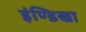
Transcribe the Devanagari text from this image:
इंण्डिखा